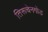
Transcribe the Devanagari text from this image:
तिरूचेनगोड